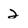
Character: 2